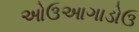
ઓઉઆગાડોઉ